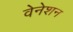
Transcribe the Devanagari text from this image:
वेनेशन